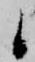
候